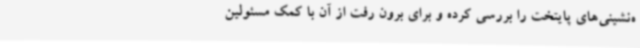
ه‌نشینی‌های پایتخت را بررسی کرده و برای برون رفت از آن با کمک مسئولین